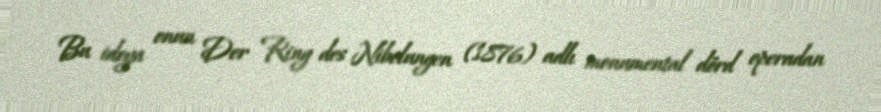
Bu ideya onun Der Ring des Nibelungen (1876) adlı monumental dörd operadan